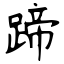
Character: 蹄